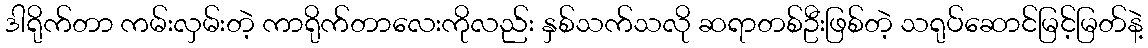
ဒါရိုက်တာ ကမ်းလှမ်းတဲ့ ကာရိုက်တာလေးကိုလည်း နှစ်သက်သလို ဆရာတစ်ဦးဖြစ်တဲ့ သရုပ်ဆောင်မြင့်မြတ်နဲ့